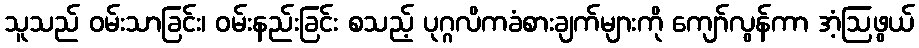
သူသည် ဝမ်းသာခြင်း၊ ဝမ်းနည်းခြင်း စသည့် ပုဂ္ဂလိကခံစားချက်များကို ကျော်လွန်ကာ အံ့ဩဖွယ်